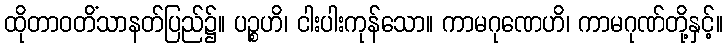
ထိုတာဝတိံသာနတ်ပြည်၌။ ပဉ္စဟိ၊ ငါးပါးကုန်သော။ ကာမဂုဏေဟိ၊ ကာမဂုဏ်တို့နှင့်။